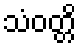
သံဝတ္တိ